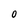
Character: O